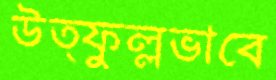
উত্ফুল্লভাবে